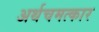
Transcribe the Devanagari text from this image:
अर्थचमत्कार